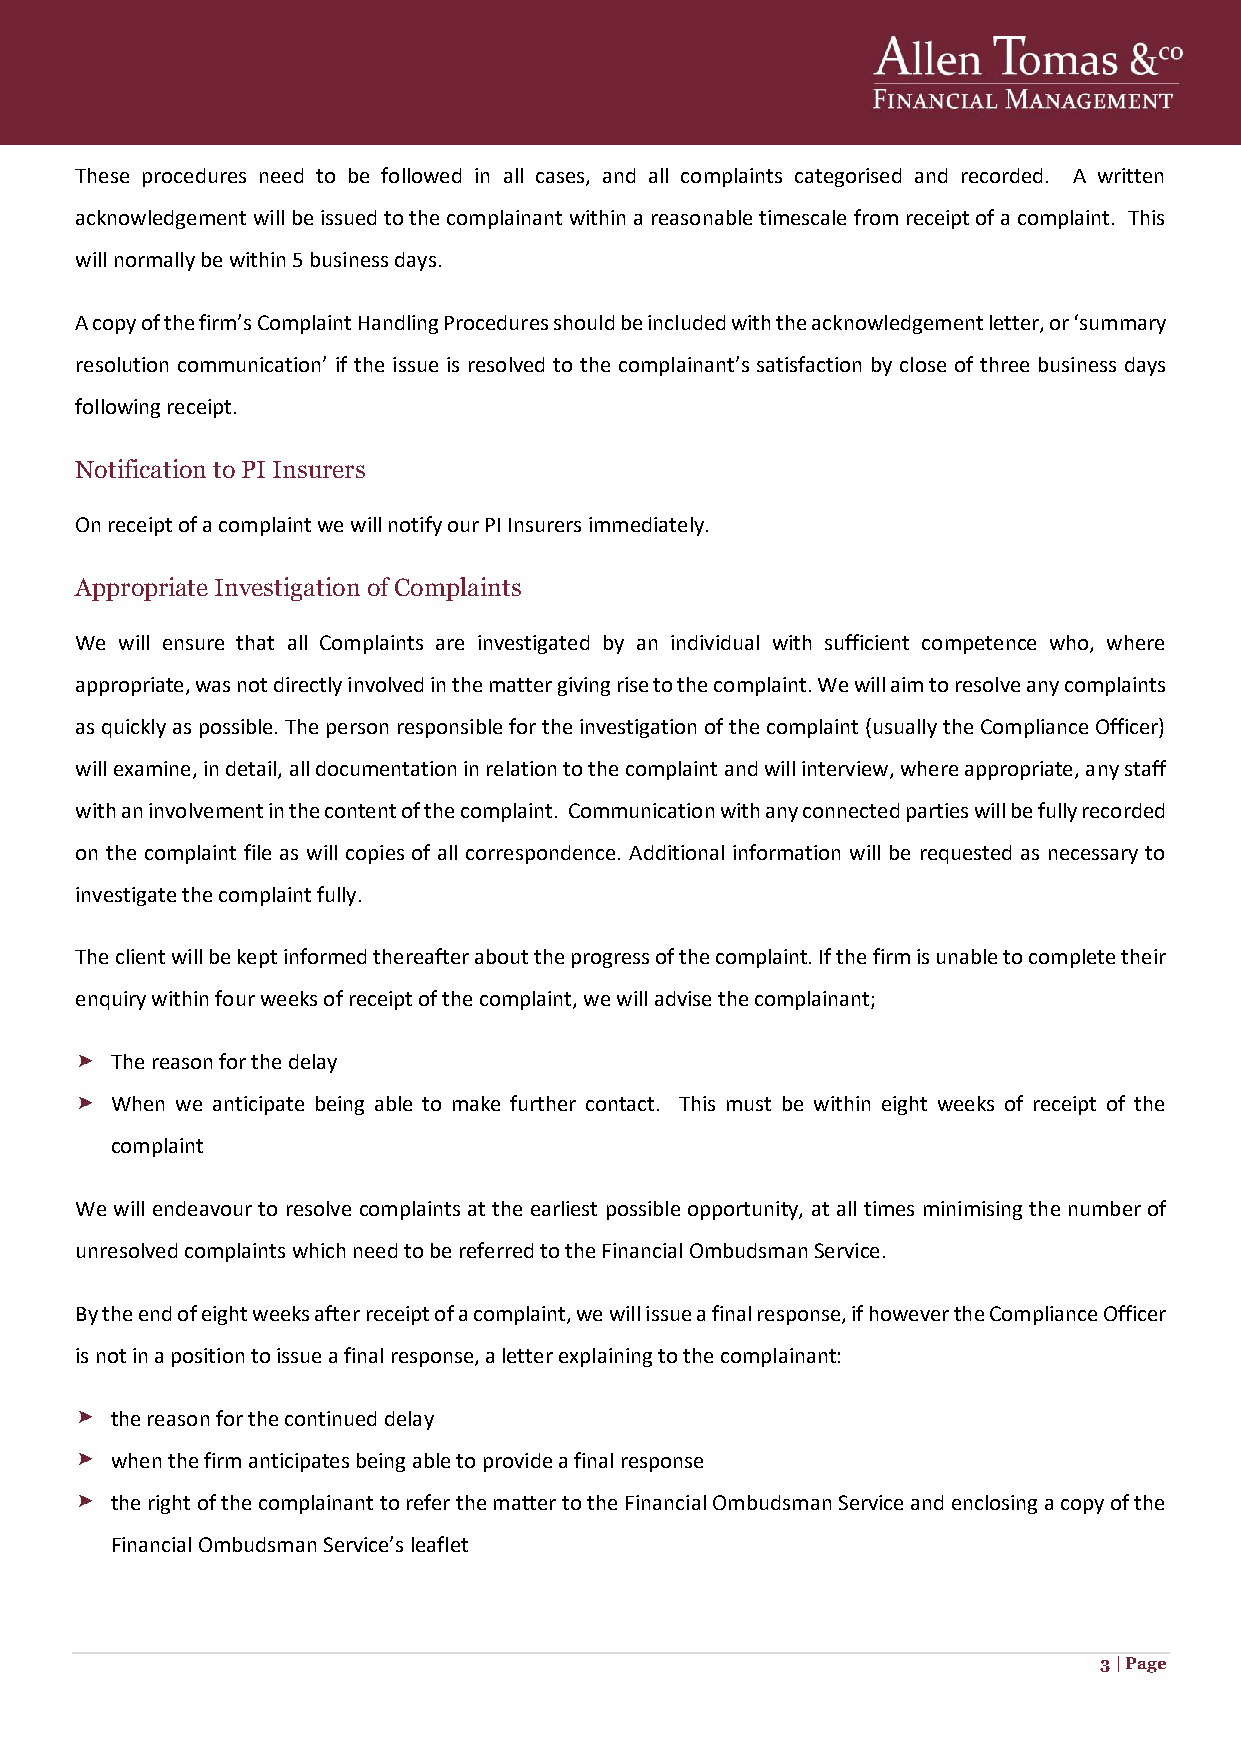
These procedures need to be followed in all cases, and all complaints categorised and recorded. A written
 acknowledgement will be issued to the complainant within a reasonable timescale from receipt of a complaint. This
 will normally be within 5 business days.
 A copy of the firm’s Complaint Handling Procedures should be included with the acknowledgement letter, or ‘summary
 resolution communication’ if the issue is resolved to the complainant’s satisfaction by close of three business days
 following receipt.
 Notification to PI Insurers
 On receipt of a complaint we will notify our PI Insurers immediately.
 Appropriate Investigation of Complaints
 We will ensure that all Complaints are investigated by an individual with sufficient competence who, where
 appropriate, was not directly involved in the matter giving rise to the complaint. We will aim to resolve any complaints
 as quickly as possible. The person responsible for the investigation of the complaint (usually the Compliance Officer)
 will examine, in detail, all documentation in relation to the complaint and will interview, where appropriate, any staff
 with an involvement in the content of the complaint. Communication with any connected parties will be fully recorded
 on the complaint file as will copies of all correspondence. Additional information will be requested as necessary to
 investigate the complaint fully.
 The client will be kept informed thereafter about the progress of the complaint. If the firm is unable to complete their
 enquiry within four weeks of receipt of the complaint, we will advise the complainant;
 The reason for the delay
 When we anticipate being able to make further contact. This must be within eight weeks of receipt of the
 complaint
 We will endeavour to resolve complaints at the earliest possible opportunity, at all times minimising the number of
 unresolved complaints which need to be referred to the Financial Ombudsman Service.
 By the end of eight weeks after receipt of a complaint, we will issue a final response, if however the Compliance Officer
 is not in a position to issue a final response, a letter explaining to the complainant:
 the reason for the continued delay
 when the firm anticipates being able to provide a final response
 the right of the complainant to refer the matter to the Financial Ombudsman Service and enclosing a copy of the
 Financial Ombudsman Service’s leaflet
 3 | Page